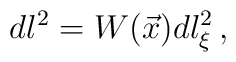
dl^{2}=W(\vec{x})dl_{\xi}^{2}\, ,